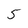
Character: 5